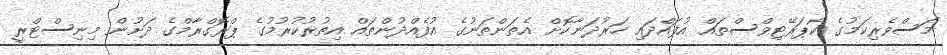
މަސްވެރިކަމުގެ ކޯޕަރޭޓިވްސްތައް އުފައްދައި ހަރުދަނާކޮށް އެތަންތަނުގެ އުފެއްދުންތައް އިތުރުކުރުމުގެ ޕްރޮގްރާމްގެ ދަށުން މިނިސްޓްރީ